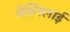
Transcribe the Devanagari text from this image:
मेस्निलाई